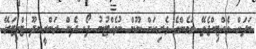
ބަދަށް ވެއްޓިއްޖެތޭ މަމެންގެ ވެރިކަން ނޫން ނުވެއްޓުނު ދޯ. ދެން ރަންރީނދޫ ޓްވިޓަރޭ